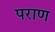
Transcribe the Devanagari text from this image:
पराण